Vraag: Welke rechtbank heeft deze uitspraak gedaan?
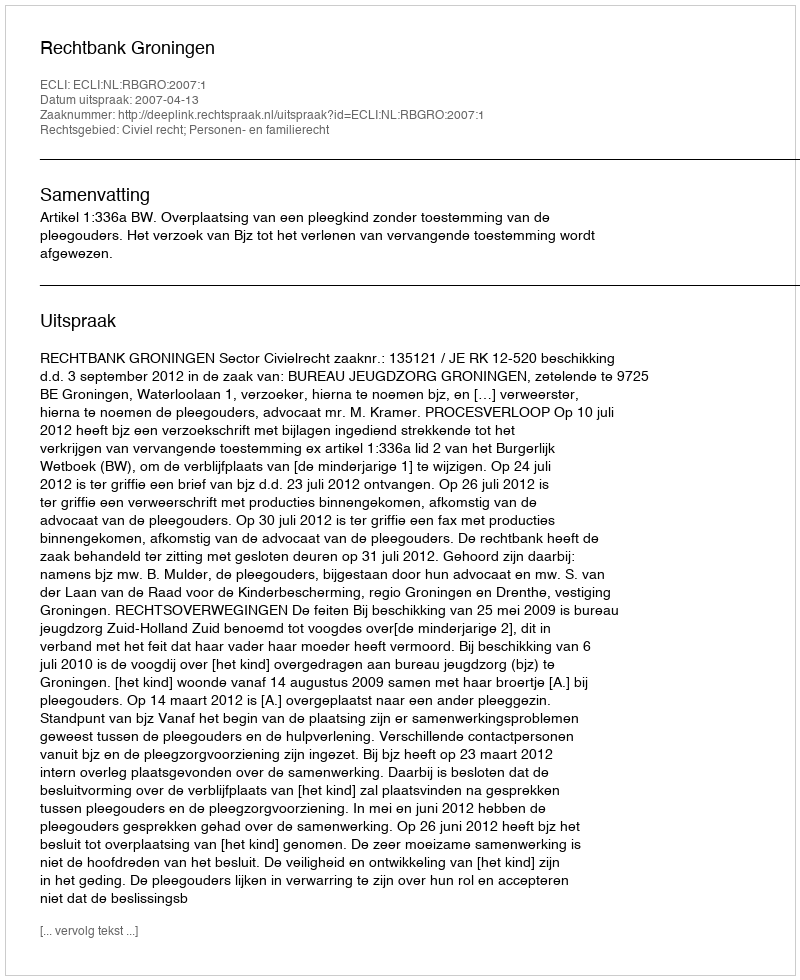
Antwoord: Rechtbank Groningen